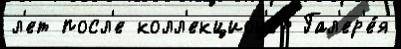
л'ет посл'е колл'екцион'е́р Гал'ер'е́я